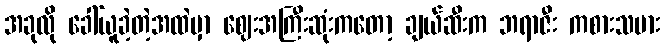
အခုလို ခေါ်ယူခဲ့တဲ့အထဲမှာ ဈေးအကြီးဆုံးကတော့ ချယ်ဆီးက ဘရာဇီး ကစားသမား